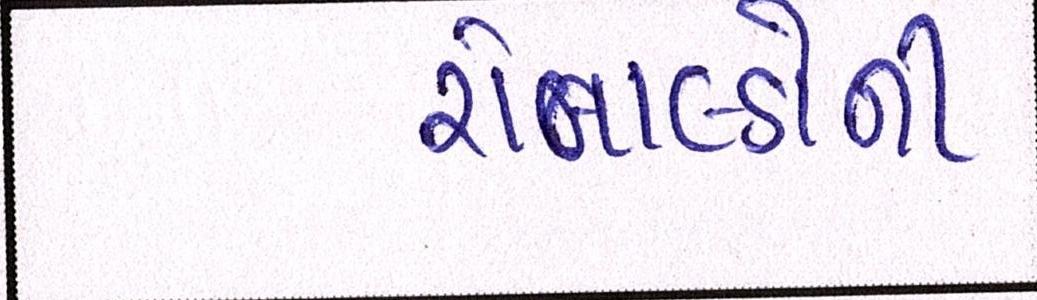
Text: રોનાલ્ડોની